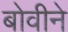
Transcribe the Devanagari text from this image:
बोवीने